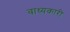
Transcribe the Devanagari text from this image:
वाध्यकारी